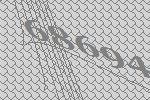
68694